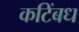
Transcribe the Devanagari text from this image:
कटिंबध